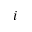
i